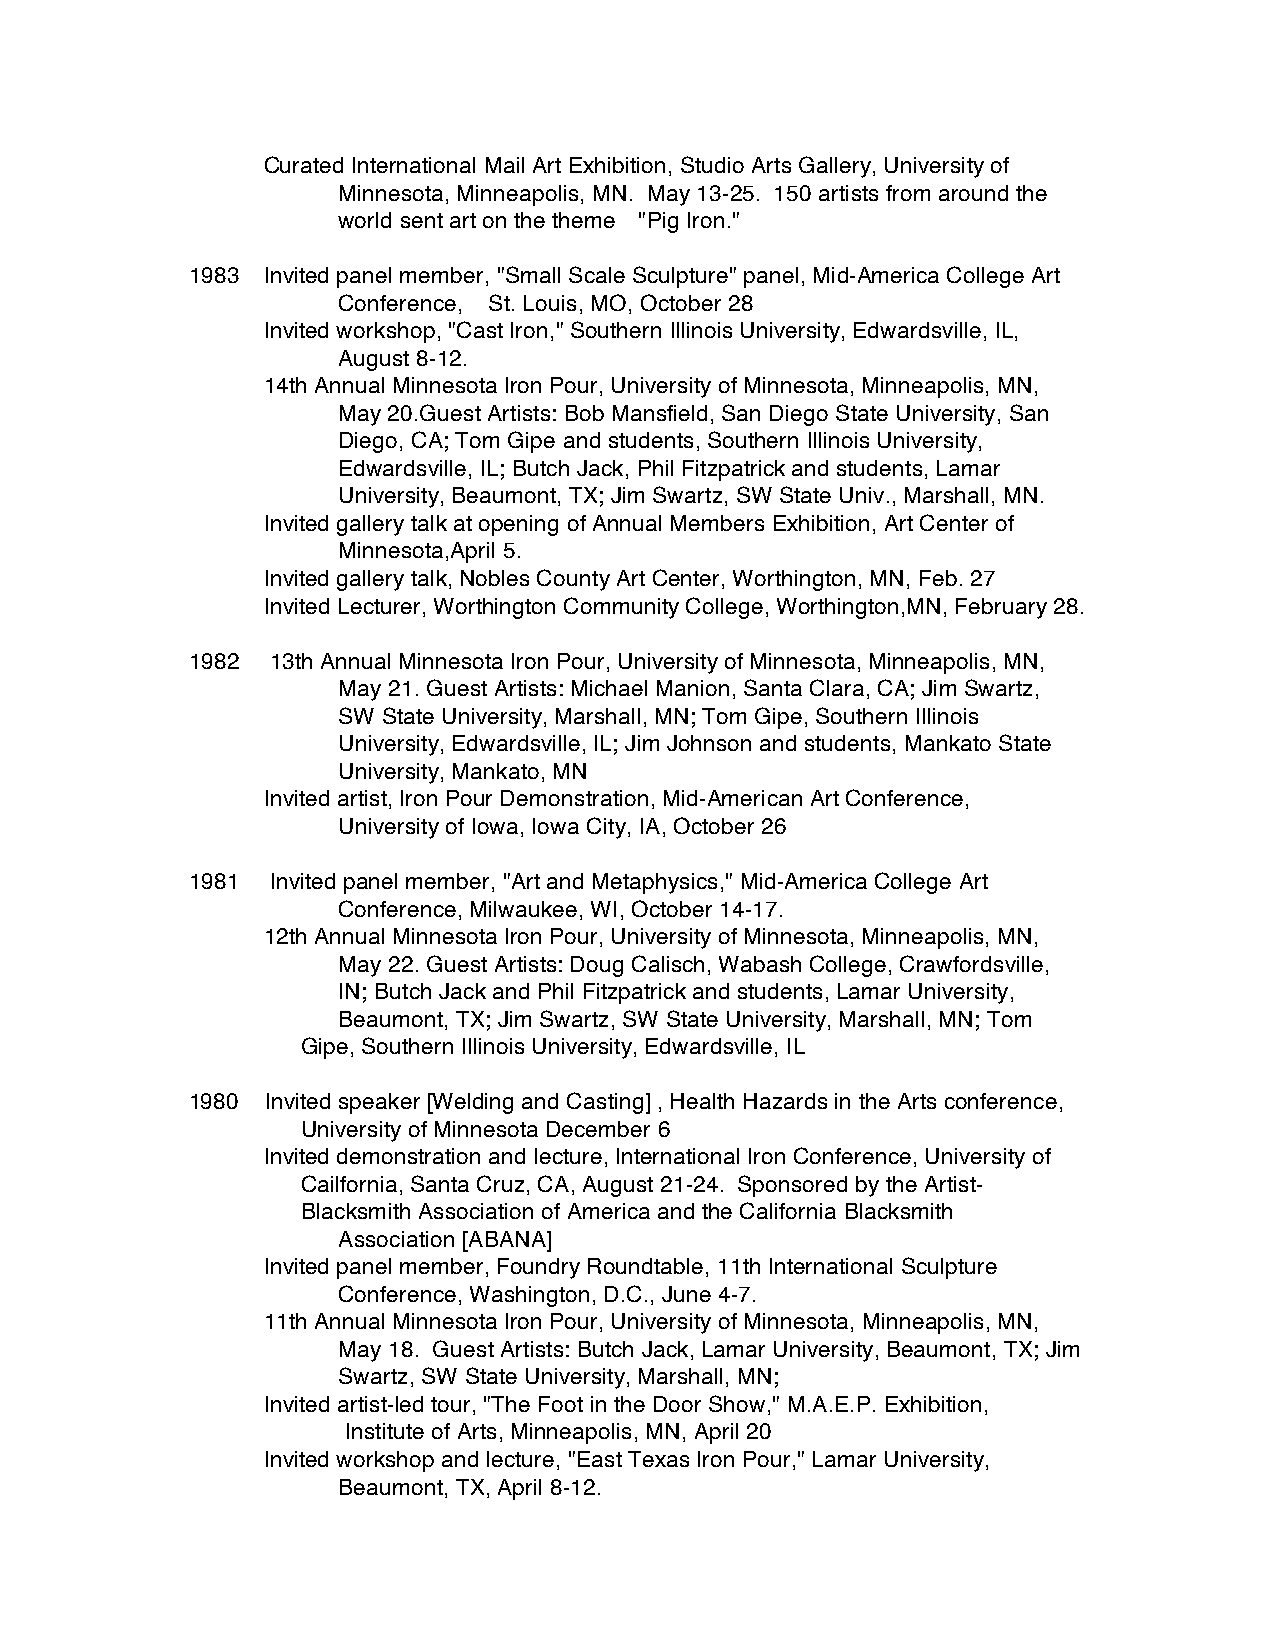
Curated International Mail Art Exhibition, Studio Arts Gallery, University of
 Minnesota, Minneapolis, MN. May 13-25. 150 artists from around the
 world sent art on the theme "Pig Iron."
 1983 Invited panel member, "Small Scale Sculpture" panel, Mid-America College Art
 Conference, St. Louis, MO, October 28
 Invited workshop, "Cast Iron," Southern Illinois University, Edwardsville, IL,
 August 8-12.
 14th Annual Minnesota Iron Pour, University of Minnesota, Minneapolis, MN,
 May 20.Guest Artists: Bob Mansfield, San Diego State University, San
 Diego, CA; Tom Gipe and students, Southern Illinois University,
 Edwardsville, IL; Butch Jack, Phil Fitzpatrick and students, Lamar
 University, Beaumont, TX; Jim Swartz, SW State Univ., Marshall, MN.
 Invited gallery talk at opening of Annual Members Exhibition, Art Center of
 Minnesota,April 5.
 Invited gallery talk, Nobles County Art Center, Worthington, MN, Feb. 27
 Invited Lecturer, Worthington Community College, Worthington,MN, February 28.
 1982  13th Annual Minnesota Iron Pour, University of Minnesota, Minneapolis, MN,
 May 21. Guest Artists: Michael Manion, Santa Clara, CA; Jim Swartz,
 SW State University, Marshall, MN; Tom Gipe, Southern Illinois
 University, Edwardsville, IL; Jim Johnson and students, Mankato State
 University, Mankato, MN
 Invited artist, Iron Pour Demonstration, Mid-American Art Conference,
 University of Iowa, Iowa City, IA, October 26
 1981  Invited panel member, "Art and Metaphysics," Mid-America College Art
 Conference, Milwaukee, WI, October 14-17.
 12th Annual Minnesota Iron Pour, University of Minnesota, Minneapolis, MN,
 May 22. Guest Artists: Doug Calisch, Wabash College, Crawfordsville,
 IN; Butch Jack and Phil Fitzpatrick and students, Lamar University,
 Beaumont, TX; Jim Swartz, SW State University, Marshall, MN; Tom
 Gipe, Southern Illinois University, Edwardsville, IL
 1980  Invited speaker [Welding and Casting] , Health Hazards in the Arts conference,
 University of Minnesota December 6
 Invited demonstration and lecture, International Iron Conference, University of
 Cailfornia, Santa Cruz, CA, August 21-24. Sponsored by the Artist-
 Blacksmith Association of America and the California Blacksmith
 Association [ABANA]
 Invited panel member, Foundry Roundtable, 11th International Sculpture
 Conference, Washington, D.C., June 4-7.
 11th Annual Minnesota Iron Pour, University of Minnesota, Minneapolis, MN,
 May 18. Guest Artists: Butch Jack, Lamar University, Beaumont, TX; Jim
 Swartz, SW State University, Marshall, MN;
 Invited artist-led tour, "The Foot in the Door Show," M.A.E.P. Exhibition,
 Institute of Arts, Minneapolis, MN, April 20
 Invited workshop and lecture, "East Texas Iron Pour," Lamar University,
 Beaumont, TX, April 8-12.